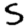
Digit: 5